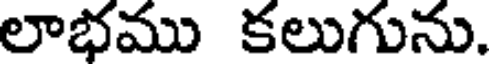
లాభము కలుగును.